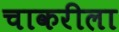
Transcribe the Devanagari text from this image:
चाकरीला